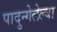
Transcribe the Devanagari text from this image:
पादुन्गेलेल्या